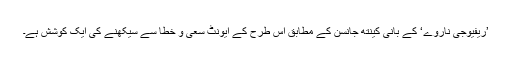
’ریفیوجی ناروے‘ کے بانی کینتھ جانسن کے مطابق اس طرح کے ایونٹ سعی و خطا سے سیکھنے کی ایک کوشش ہے۔